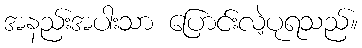
အနည်းအပါးသာ ပြောင်းလဲ့ပုရသည်။